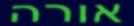
אורה